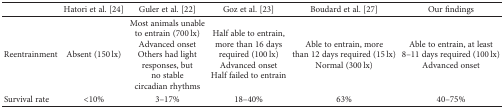
|  | Hatori et al. [24] | Guler et al. [22] | Goz et al. [23] | Boudard et al. [27] | Our findings |
 | --- | --- | --- | --- | --- | --- |
 | Reentrainment | Absent (150 lx) | Most animals unable to entrain (700 lx)Advanced onsetOthers had light responses, but no stable circadian rhythms | Half able to entrain, more than 16 days required (100 lx)Advanced onsetHalf failed to entrain | Able to entrain, more than 12 days required (15 lx)Normal (300 lx) | Able to entrain, at least 8–11 days required (100 lx)Advanced onset |
 | Survival rate | <10% | 3–17% | 18–40% | 63% | 40–75% |